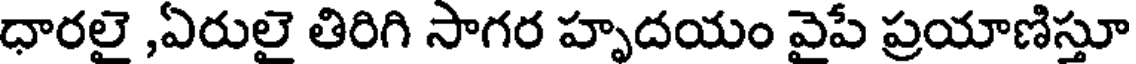
ధారలై ,ఏరులై తిరిగి సాగర హృదయం వైపే ప్రయాణిస్తూ